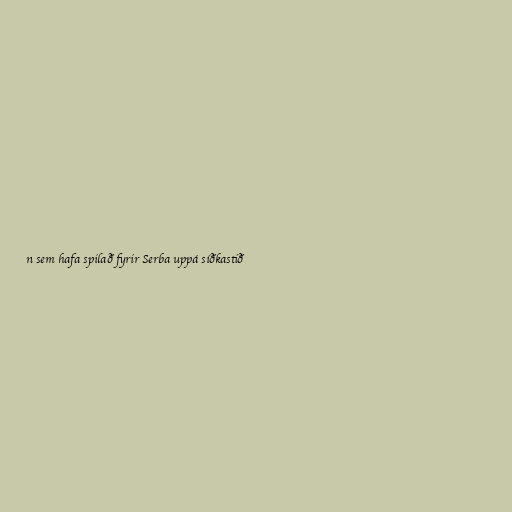
n sem hafa spilað fyrir Serba uppá síðkastið